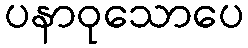
ပနာဝုသောပေ